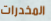
المخدرات